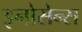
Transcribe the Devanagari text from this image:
इनोसेन्स